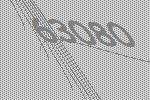
63080